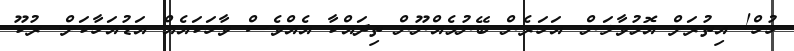
ހުހް! އިތުރަށް އޮޅުވާލަން. އަހަރެން ބޭނުމެއްނޫން ތިދައްކާ އެއްވެސް ވާހަކައެއް އަޑުއަހާކަށް. ރުކޫ